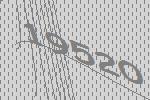
19520